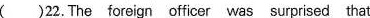
( )22. The foreign officor was surprised that